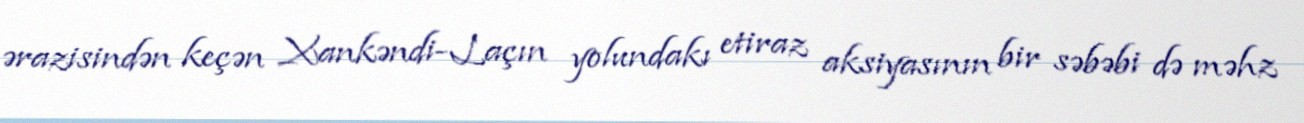
ərazisindən keçən Xankəndi-Laçın yolundakı etiraz aksiyasının bir səbəbi də məhz